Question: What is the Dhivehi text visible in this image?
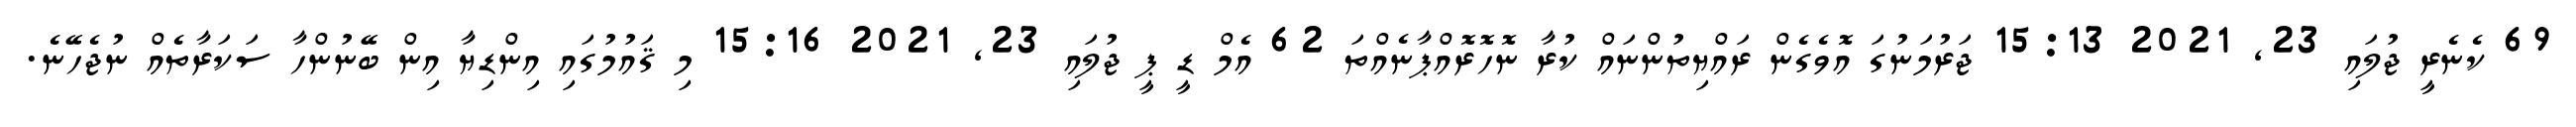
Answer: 69 ކެނެރީ ޖުލައި 23, 2021 15:13 ޖަރުމަނުގަ އޮވެގެން ރައްޔިތުންނައް ކުރާ ނޮހޮރޮއްޕާނެއްތަ 62 އެމް ޑީ ޕީ ޖުލައި 23, 2021 15:16 މި ޤައުމުގައި އިންޑިޔާ އިން ބޭނުންހާ ސަކަރާތެއް ނުޖެހޭނެ.